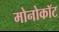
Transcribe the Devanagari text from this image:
मोनोकॉट